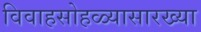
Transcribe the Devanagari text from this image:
विवाहसोहळ्यासारख्या